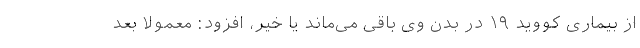
از بیماری کووید ۱۹ در بدن وی باقی می‌ماند یا خیر، افزود: معمولا بعد